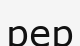
рер